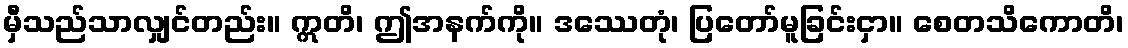
မှီသည်သာလျှင်တည်း။ ဣတိ၊ ဤအနက်ကို။ ဒဿေတုံ၊ ပြတော်မူခြင်းငှာ။ စေတသိကောတိ၊